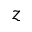
z